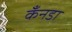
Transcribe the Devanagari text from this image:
कँनडा